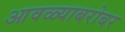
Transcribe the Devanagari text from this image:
आवळ्याबरोबर